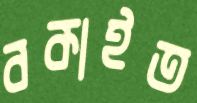
বকাইত